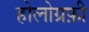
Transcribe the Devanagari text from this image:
होलोग्रफ़ी